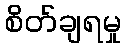
စိတ်ချရမှု